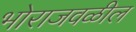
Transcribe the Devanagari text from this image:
भोराजवळील